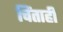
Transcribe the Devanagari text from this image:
चिंताही